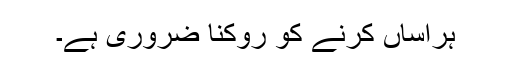
ہراساں کرنے کو روکنا ضروری ہے۔